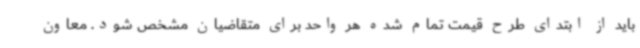
باید از ابتدای طرح قیمت تمام شده هر واحد برای متقاضیان مشخص شود. معاون